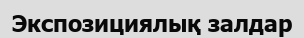
Экспозициялық залдар